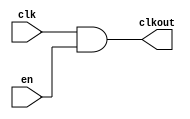
// This program was cloned from: https://github.com/intel/aib-phy-hardware
// License: Apache License 2.0

// SPDX-License-Identifier: Apache-2.0
// Copyright (C) 2019 Intel Corporation. All rights reserved
module hdpldadapt_cmn_clkand2
(
        output  wire    clkout,
        input   wire    clk,
        input   wire    en
);

	assign clkout = clk & en;

endmodule // hdpldadapt_cmn_clkand2